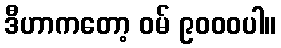
ဒီဟာကတော့ ဝမ် ၉၀၀၀ပါ။